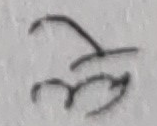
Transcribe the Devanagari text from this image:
ले